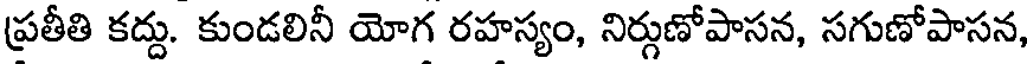
ప్రతీతి కద్దు. కుండలినీ యోగ రహస్యం, నిర్గుణోపాసన, సగుణోపాసన,